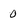
Character: 0